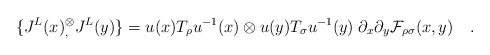
LaTeX: \begin{align*}\{J^L (x){}^\otimes_,J^L(y)\} =u(x)T_\rho u^{-1}(x)\otimes u(y)T_\sigma u^{-1}(y) \;\partial_x \partial_y {\cal F}_{\rho\sigma}(x,y)\quad.\end{align*}